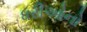
ધરીઓનો